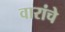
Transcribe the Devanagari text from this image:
वारांचे